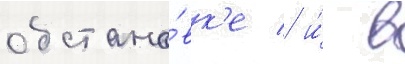
обстано́вк'е / и́ в